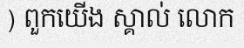
) ពួកយើង ស្គាល់ លោក